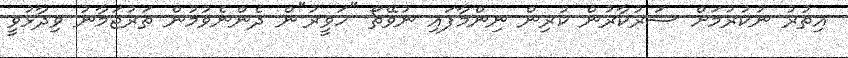
އިތުރު ނުކުރުމަށް ސަރުކާރުން ކުރިން ނިންމާފައި ނުވޭތޯ "ހަވީރު"ން ދެންނެވުމުން ތަރުޖަމާނު ވިދާޅުވީ